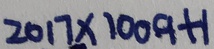
2 0 1 7 \times 1 0 0 9 + 1